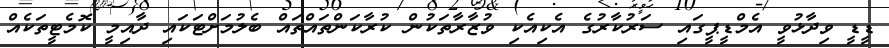
ޑީޑީ ވިދާޅުވީ އެމްޑީޕީގައި ސަރުކާރުގެ އެކިއެކި ވުޒާރާތަކުން ކުރާކަންތައްތައް ބެލުމަށްޓަކައި ދާއިމީ ކޮމެޓީތަކެއް